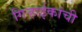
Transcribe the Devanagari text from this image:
गिर्‍हाईकांची